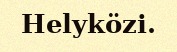
Helyközi.